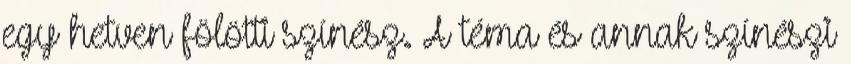
egy hetven fölötti színész. A téma és annak színészi